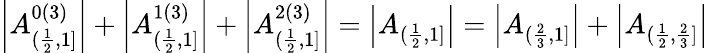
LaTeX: \left|A_{(\frac{1}{2},1]}^{0(3)}\right|+\left|A_{(\frac{1}{2},1]}^{1(3)}\right|+\left|A_{(\frac{1}{2},1]}^{2(3)}\right|=\left|A_{(\frac{1}{2},1]}\right|=\left|A_{(\frac{2}{3},1]}\right|+\left|A_{(\frac{1}{2},\frac{2}{3}]}\right|